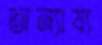
অন্যায্য